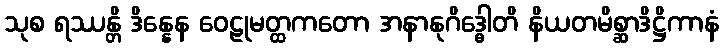
သုစ ရဿန္တိ ဒိန္နေန ဝေဠုမတ္ထကတော အနာနုဂိဒ္ဓေါတိ နိယတမိစ္ဆာဒိဋ္ဌိကာနံ